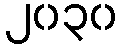
၂၀၃၀